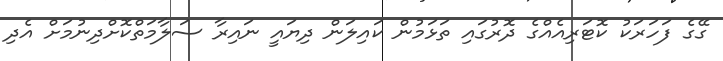
ގޭގެ ފަހަރަކު ކޮޓަރިއެއްގެ ދޮރުގައި ތަޅަމުން ކައިލަން ދިޔައީ ނައިރާ ސަލާމަތްކޮށްދިނުމަށް އެދި